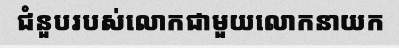
ជំនួបរបស់លោកជាមួយលោកនាយក